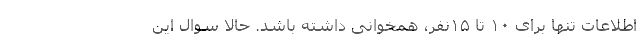
اطلاعات تنها برای ۱۰ تا ۱۵‌نفر، همخوانی داشته باشد. حالا سوال این